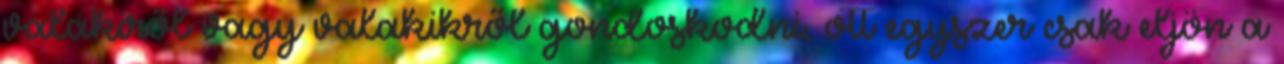
valakiről vagy valakikről gondoskodni, ott egyszer csak eljön a